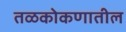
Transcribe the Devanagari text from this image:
तळकोकणातील